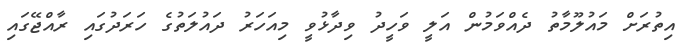
އިތުރަށް މައުލޫމާތު ދެއްވަމުން އަލީ ވަހީދު ވިދާޅުވީ މިއަހަރު ދައުލަތުގެ ހަރަދުގައި ރާއްޖޭގައި